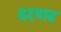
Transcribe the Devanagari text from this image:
हद्दवाढ